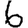
Digit: 6